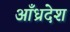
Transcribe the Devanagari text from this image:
आँध्रदेश